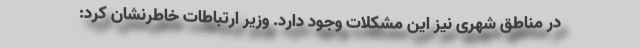
در مناطق شهری نیز این مشکلات وجود دارد. وزیر ارتباطات خاطرنشان کرد: